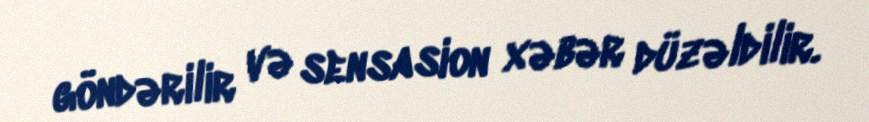
göndərilir və sensasion xəbər düzəldilir.